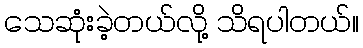
သေဆုံးခဲ့တယ်လို့ သိရပါတယ်။